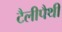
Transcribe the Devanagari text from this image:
टैलीपैथी